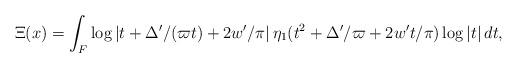
LaTeX: \begin{align*}\Xi(x)= \int_{F}\log|t+\Delta'/(\varpi t)+2w'/\pi| \,\eta_1(t^2+\Delta'/\varpi+2w't/\pi)\log|t|\,dt,\end{align*}